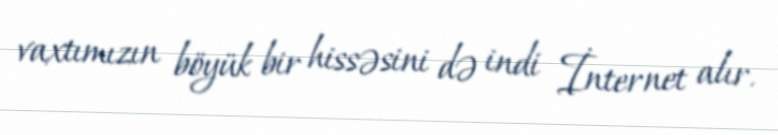
vaxtımızın böyük bir hissəsini də indi İnternet alır.